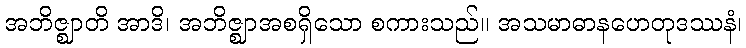
အဘိဇ္ဈာတိ အာဒိ၊ အဘိဇ္ဈာအစရှိသော စကားသည်။ အသမာဓာနဟေတုဒဿနံ၊